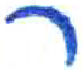
אות: ר